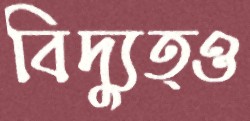
বিদ্যুত্ও